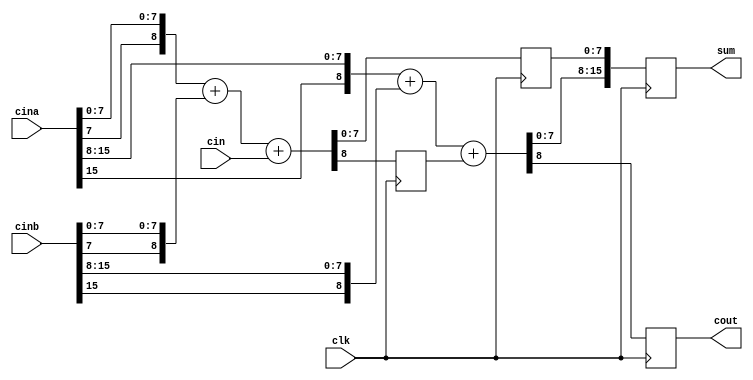
`timescale 1ns / 1ps
//////////////////////////////////////////////////////////////////////////////////
// Company: 
// Engineer: 
// 
// Design Name: 
// Module Name:    adder16_2 
// Project Name: 
// Target Devices: 
// Tool versions: 
// Description: 
//
// Dependencies: 
//
// Revision: 
// Revision 0.01 - File Created
// Additional Comments: 
//
//////////////////////////////////////////////////////////////////////////////////
module adder16_2(cout ,sum ,clk ,cina ,cinb ,cin) ;
input [15 :0 ]cina ,cinb ;
input clk ,cin ;
output [15 :0 ] sum;
output cout ;
reg cout ;
reg cout1 ;
reg[7 :0 ] sum1 ;
reg[15 :0 ] sum;

always @(posedge clk) begin  // 8 ;
{cout1 , sum1} = {cina [7], cina [ 7 : 0 ]} +  {cinb[7], cinb [ 7 : 0 ]} +cin ;
end

always @(posedge clk) begin  // 8 16
{cout ,sum} = {{cina [15], cina [15 :8 ] }+ {cinb [15], cinb[15 :8]} + cout1 , sum1} ; 
end

endmodule